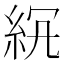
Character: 𥿒